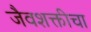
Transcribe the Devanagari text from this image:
जैवशक्तीचा